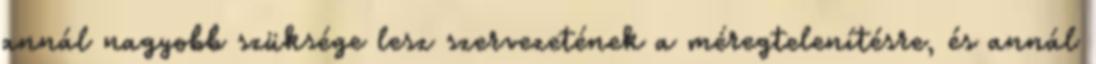
annál nagyobb szüksége lesz szervezetének a méregtelenítésre, és annál